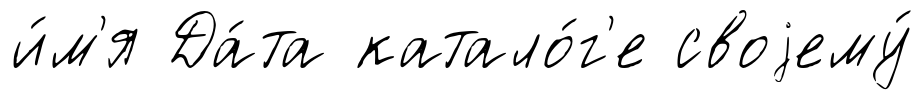
и́м'я Да́та катало́г'е своjему́